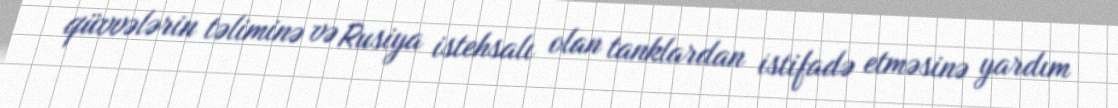
qüvvələrin təliminə və Rusiya istehsalı olan tanklardan istifadə etməsinə yardım